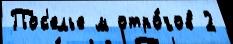
Пос'елье м отро́гов 2